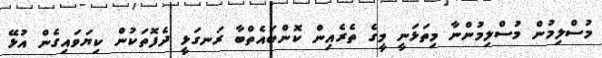
މުސްލިމުން މުސްލިމުންނާ މިތަޅަނީ މީގެ ތެރެއިން ކޮންބައެތްބާ ރަނގަޅީ ދެފޮތަކުން ކިޔަވައިގެން އުޅޭ